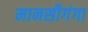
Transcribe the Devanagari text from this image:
मानसीगंगा